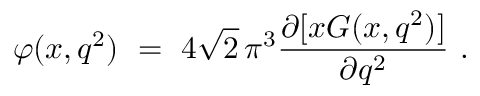
\varphi ( x , q ^ { 2 } ) \ = \ 4 \sqrt 2 \, \pi ^ { 3 } \frac { \partial [ x G ( x , q ^ { 2 } ) ] } { \partial q ^ { 2 } } \ .